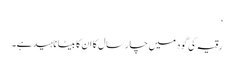
‘
رقیہ کی گود میں چار سال کا ان کا بیٹا ناہید ہے۔